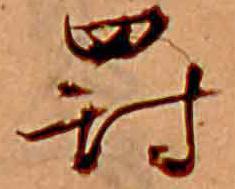
罰